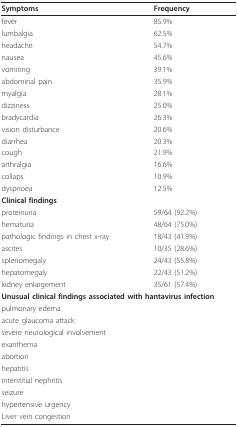
| Symptoms | Frequency |
 | --- | --- |
 | fever | 85.9% |
 | lumbalgia | 62.5% |
 | headache | 54.7% |
 | nausea | 45.6% |
 | vomiting | 39.1% |
 | abdominal pain | 35.9% |
 | myalgia | 28.1% |
 | dizziness | 25.0% |
 | bradycardia | 26.3% |
 | vision disturbance | 20.6% |
 | diarrhea | 20.3% |
 | cough | 21.9% |
 | arthralgia | 16.6% |
 | collaps | 10.9% |
 | dyspnoea | 12.5% |
 | <COLSPAN=2> Clinical findings |
 | proteinuria | 59/64 (92.2%) |
 | hematuria | 48/64 (75.0%) |
 | pathologic findings in chest x-ray | 18/43 (41.9%) |
 | ascites | 10/35 (28.6%) |
 | splenomegaly | 24/43 (55.8%) |
 | hepatomegaly | 22/43 (51.2%) |
 | kidney enlargement | 35/61 (57.4%) |
 | <COLSPAN=2> Unusual clinical findings associated with hantavirus infection |
 | <COLSPAN=2> pulmonary edema |
 | <COLSPAN=2> acute glaucoma attack |
 | <COLSPAN=2> severe neurological involvement |
 | <COLSPAN=2> exanthema |
 | <COLSPAN=2> abortion |
 | <COLSPAN=2> hepatitis |
 | <COLSPAN=2> interstitial nephritis |
 | <COLSPAN=2> seizure |
 | <COLSPAN=2> hypertensive urgency |
 | <COLSPAN=2> Liver vein congestion |